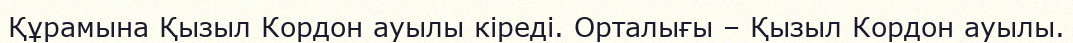
Құрамына Қызыл Кордон ауылы кіреді. Орталығы – Қызыл Кордон ауылы.